38_143685_box_Incident_Summaries_101-172
Agency: Department of War
Page 161
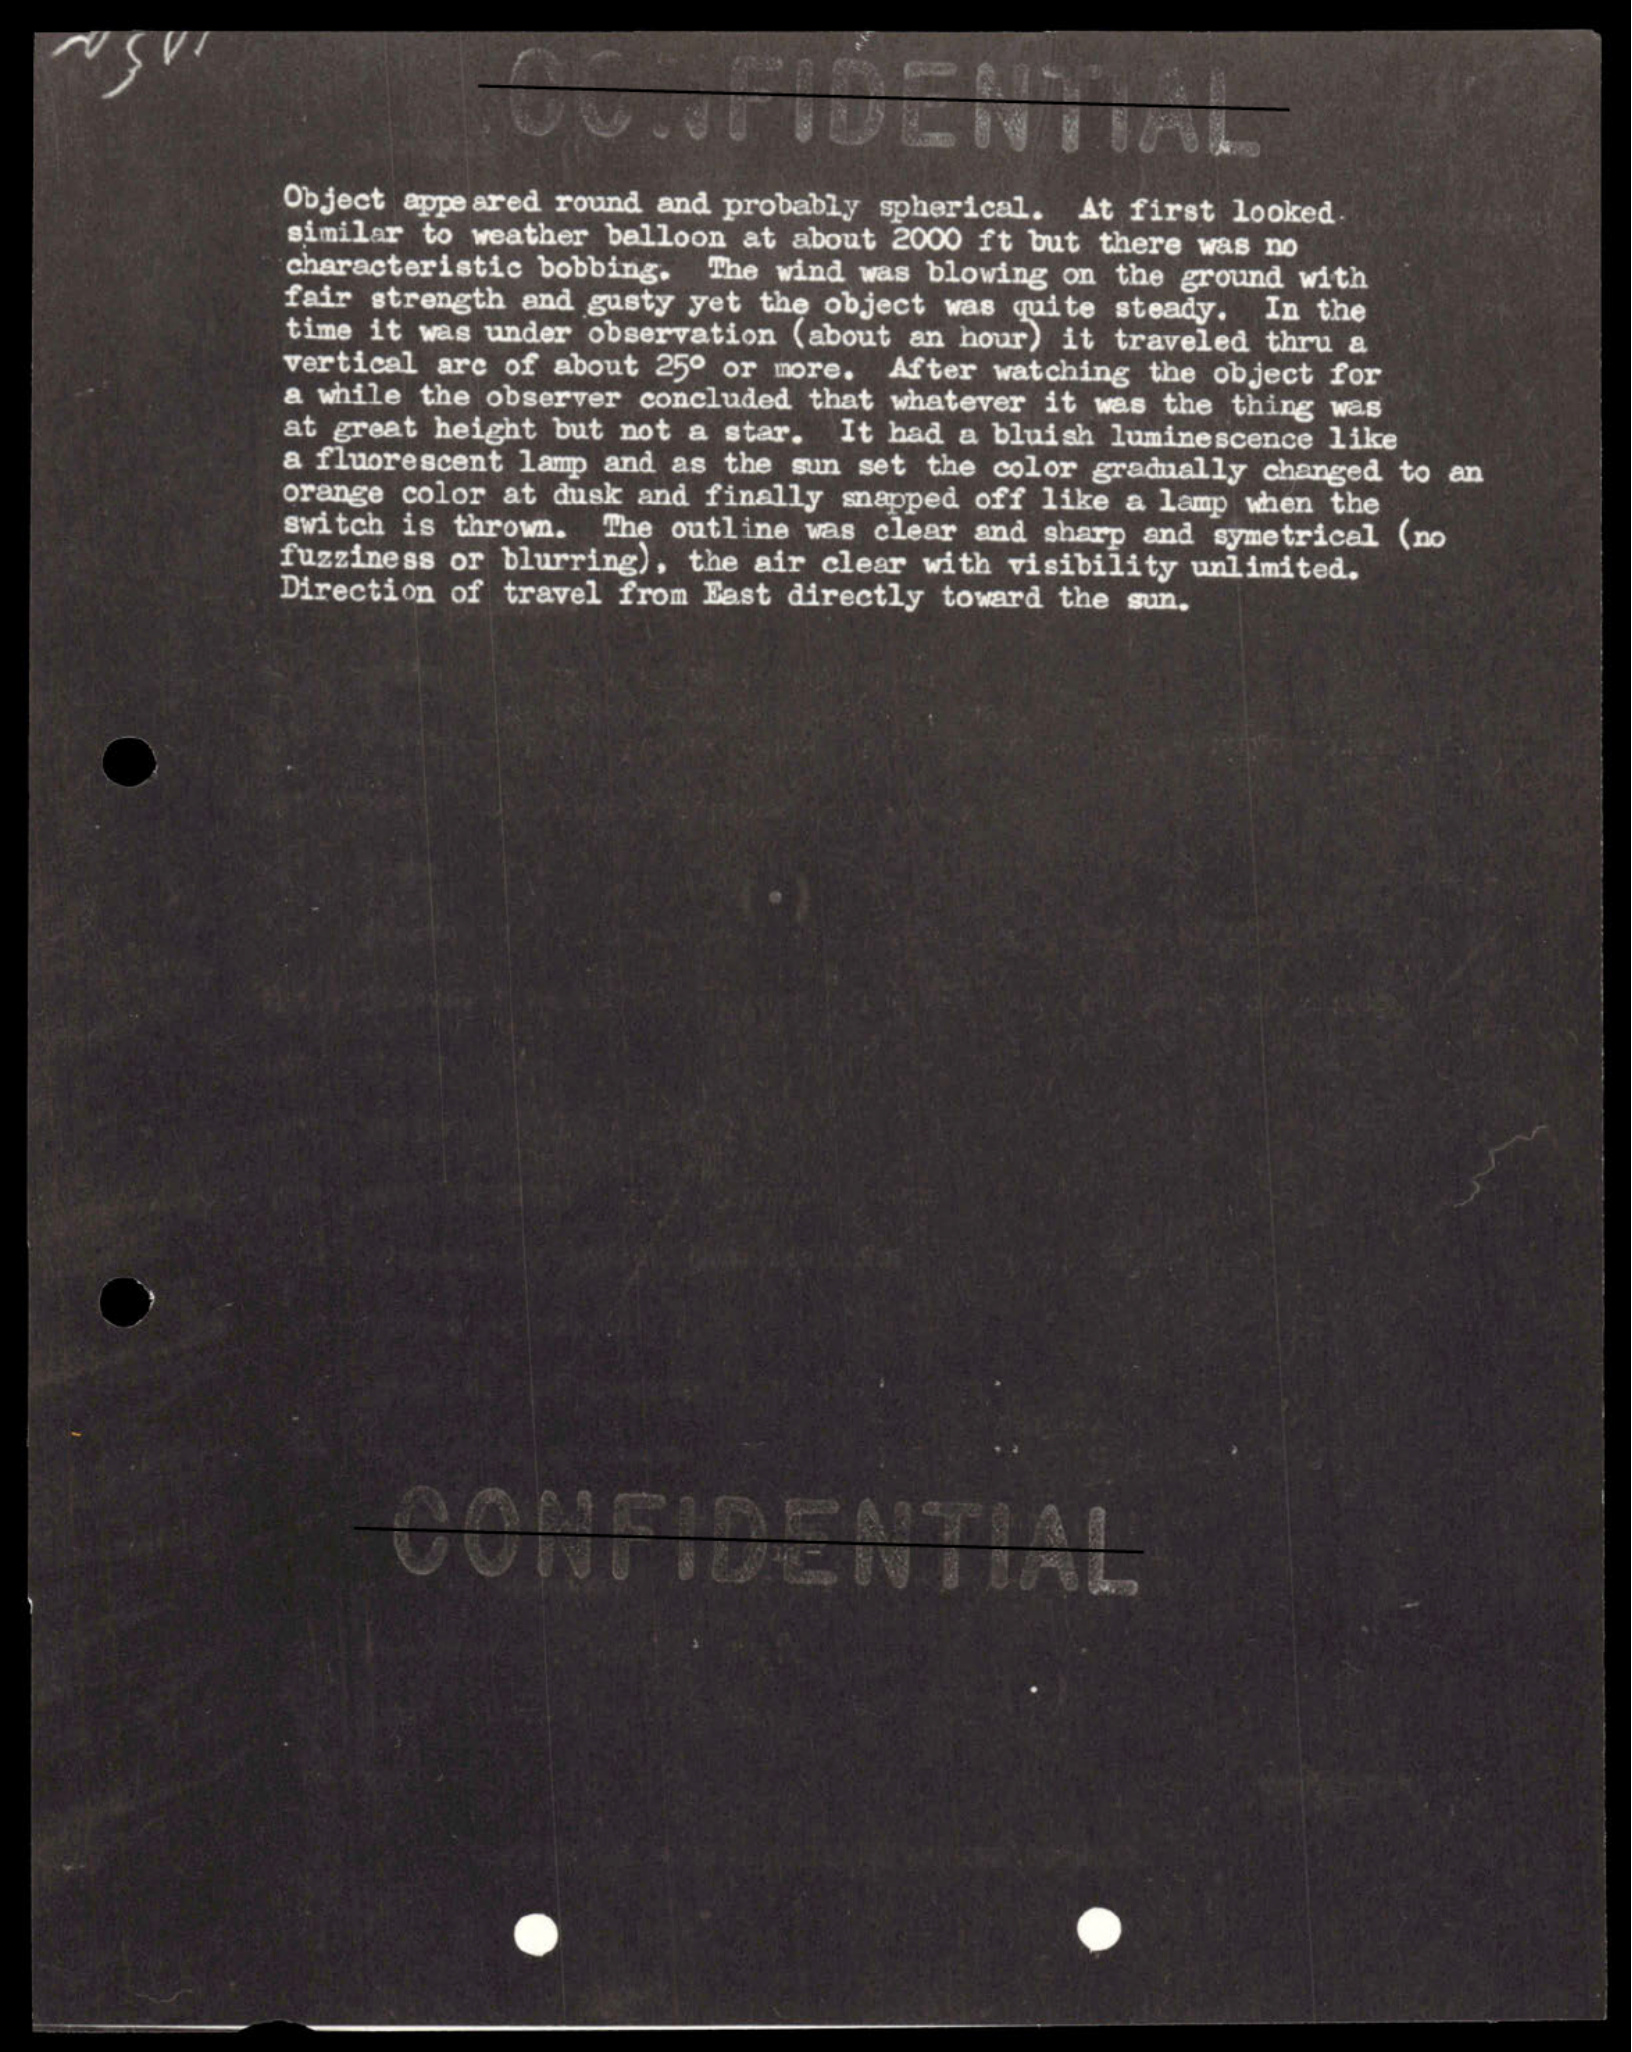